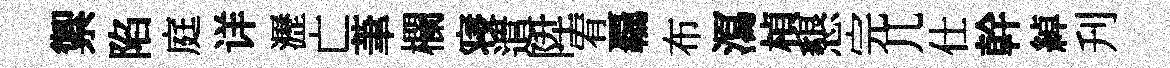
禦陷庭详瀝亡茟欄寝遣陞宥覊布㵼楨懇完几仕幹綽刋